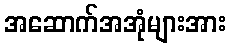
အဆောက်အအုံများအား